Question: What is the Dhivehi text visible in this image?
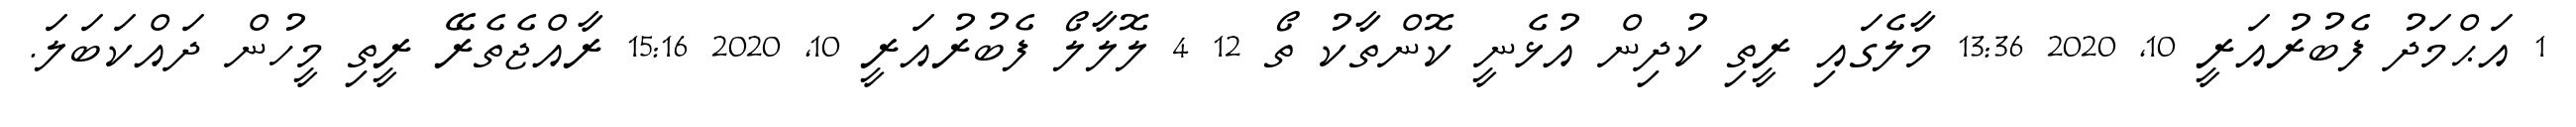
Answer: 1 އަޙްމަދު ފެބުރުއަރީ 10, 2020 13:36 މާލެގައި ރީތި ކުދިން އުޅެނީ ކޮންތާކު ތޯ 12 4 ލޮލާލޯ ފެބުރުއަރީ 10, 2020 15:16 ރާއްޖެތެރޭ ރީތި މީހުން ދައްކަބަލަ.